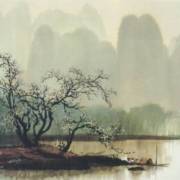
独上小搂春欲暮，愁望玉关芳草路。